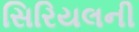
સિરિયલની